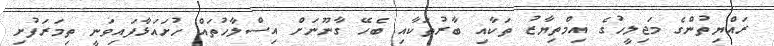
ރައްޔިތުންގެ މަޖިލީހުގެ އިމްތިޔާޒު ތަކާއި ބާރުތަކާއި ބެހޭ ގާނޫނަށް އިސްލާހުތަައް ހުށައަޅާފައިވަނީ ތިމަރަފުށި